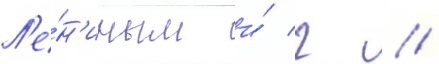
Л'е́н'иным и́ г //